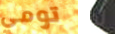
تومي لا